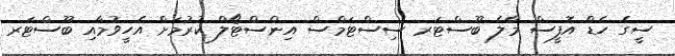
ސީގެ ހެޑް އޮފީސް މާލެ ބޫސްޓަރ ސިސްޓަމްސް އިންސްޓޯލް ކުރުމަށް އެހީވުމާއި ބޫސްޓަރ